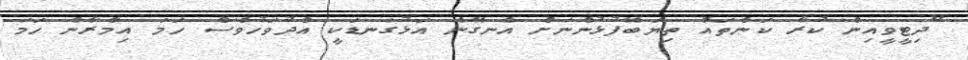
"ދިޓީވީއިން ކުރާ ކަންތައް ތިޔަބޭފުޅުންނަށް އެނގޭނެ އަޅުގަނޑަކީ އެދުވަހުވެސް ހަމަ އިމްރާން ހަމަ